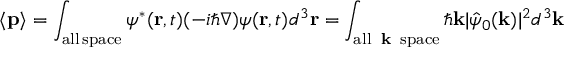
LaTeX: \langle \mathbf { p } \rangle = \int _ { \mathrm { a l l \, s p a c e } } \psi ^ { * } ( \mathbf { r } , t ) ( - i \hbar \nabla ) \psi ( \mathbf { r } , t ) d ^ { 3 } \mathbf { r } = \int _ { \mathrm { a l l \, { \textbf { k } } \, s p a c e } } \hbar \mathbf { k } | { \hat { \psi } } _ { 0 } ( \mathbf { k } ) | ^ { 2 } d ^ { 3 } \mathbf { k }